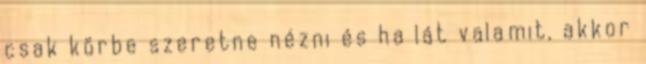
csak körbe szeretne nézni és ha lát valamit, akkor